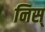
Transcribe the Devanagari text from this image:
निस्